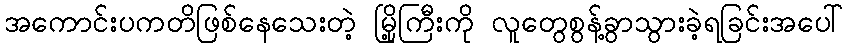
အကောင်းပကတိဖြစ်နေသေးတဲ့ မြို့ကြီးကို လူတွေစွန့်ခွာသွားခဲ့ရခြင်းအပေါ်